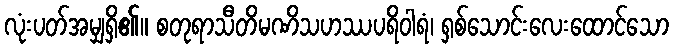
လုံးပတ်အမျှရှိ၏။ စတုရာသီတိမဏိသဟဿပရိဝါရံ၊ ရှစ်သောင်းလေးထောင်သော